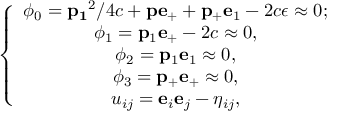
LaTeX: \left\{ \begin{array} { c } { { \phi _ { 0 } = { \bf p _ { 1 } } ^ { 2 } / 4 c + { \bf p } { \bf e } _ { + } + { \bf p _ { + } } { \bf e } _ { 1 } - 2 c \epsilon \approx 0 ; } } \\ { { \phi _ { 1 } = { \bf p } _ { 1 } { \bf e } _ { + } - 2 c \approx 0 , } } \\ { { \phi _ { 2 } = { \bf p } _ { 1 } { \bf e } _ { 1 } \approx 0 , } } \\ { { \phi _ { 3 } = { \bf p } _ { + } { \bf e } _ { + } \approx 0 , } } \\ { { u _ { i j } = { \bf e } _ { i } { \bf e } _ { j } - \eta _ { i j } , } } \end{array} \right.